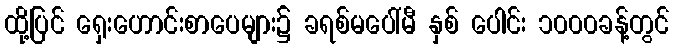
ထို့ပြင် ရှေးဟောင်းစာပေများ၌ ခရစ်မပေါ်မီ နှစ် ပေါင်း ၁၀၀၀ခန့်တွင်